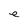
Character: e